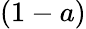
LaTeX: (1-a)